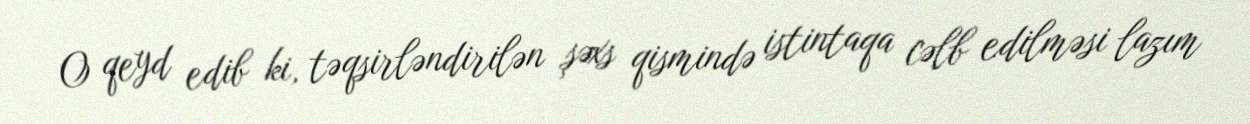
O qeyd edib ki, təqsirləndirilən şəxs qismində istintaqa cəlb edilməsi lazım